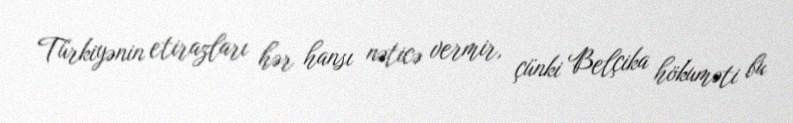
Türkiyənin etirazları hər hansı nəticə vermir, çünki Belçika hökuməti bu